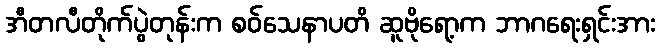
အီတလီတိုက်ပွဲတုန်းက စဝ်သေနာပတိ ဆူဗိုရော့က ဘာဂရေးရှင်းအား